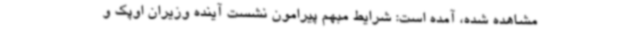
مشاهده شده، آمده است: شرایط مبهم پیرامون نشست آینده وزیران اوپک و